Leaving Certificate Examination, 1915
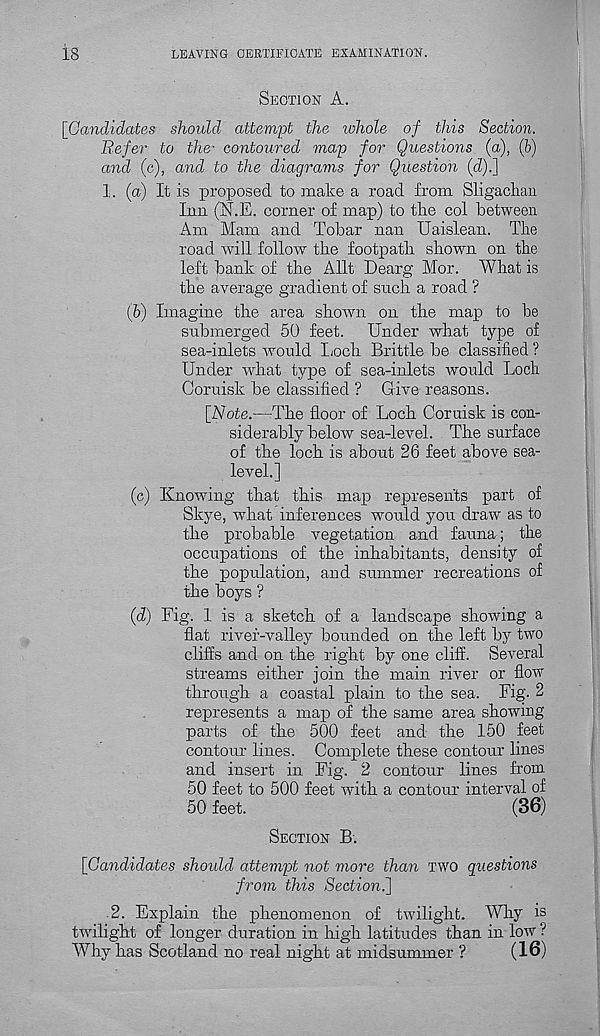
18
LEAVING CERTIFICATE EXAMINATION.
SECTION A.
[Candidates should attempt the whole of this Section,
liefer to the- contoured map for Questions (a), (l)
and (c), and to the diagrams for Question (d).]
1. (a) It is proposed to make a road from Sligachan
Inn (N.E. corner of map) to tire col between
Am Mam and Tobar nan Uaislean. The
road will follow the footpath shown on the
left bank of the Allt Dearg Mor. What is
the average gradient of such a road ?
(b) Imagine the area shown on the map to be
submerged 50 feet. Under what type of
sea-inlets would Loch Brittle be classified ?
Under what type of sea-inlets would Loch
Coruisk be classified ? Give reasons.
[Note.—rThe floor of Loch Ooruisk is con-
siderably below sea-level. The surface
of the loch is about 26 feet above sea-
level.]
(c) Knowing that this map represents part of
Skye, what inferences would you draw as to
the probable vegetation and fauna; the
occupations of the inhabitants, density of
the population, and summer recreations of
the boys ?
(d) Fig. 1 is a sketch of a landscape showing a
flat river-valley bounded on the left by two
cliffs and on the right by one cliff. Several
streams either join the main river or flow
through a coastal plain to the sea. Fig. 2
represents a map of the same area showing
parts of the 500 feet and the 150 feet
contour lines. Complete these contour lines
and insert in Fig. 2 contour lines from
50 feet to 500 feet with a contour interval of
50 feet.
(36)
SECTION B.
[Candidates should attempt not more than TWO questions
from this Section.
2. Explain the phenomenon of twilight. Why is
twilight of longer duration in high latitudes than in low ?
Why has Scotland no real night at midsummer ?
(16)